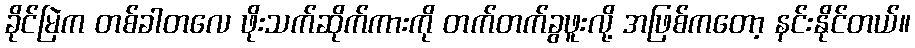
ခိုင်မြဲက တစ်ခါတလေ ဖိုးသက်ဆိုက်ကားကို တက်တက်ခွဖူးလို့ အဖြစ်ကတော့ နင်းနိုင်တယ်။